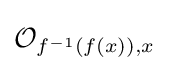
{\mathcal {O}}_{f^{-1}(f(x)),x}